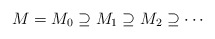
\begin{align*}M=M_0\supseteq M_1\supseteq M_2\supseteq \cdots\end{align*}